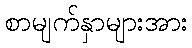
စာမျက်နှာများအား